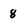
Character: 8